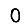
Digit: 0